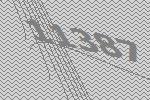
11387